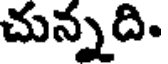
చున్నది.